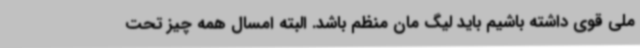
ملی قوی داشته باشیم باید لیگ مان منظم باشد. البته امسال همه چیز تحت